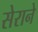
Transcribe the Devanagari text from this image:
सेराने